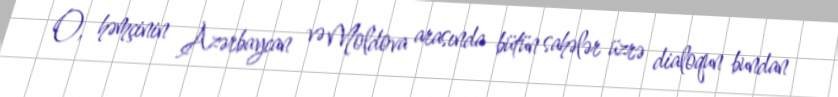
O, həmçinin Azərbaycan və Moldova arasında bütün sahələr üzrə dialoqun bundan